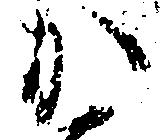
か